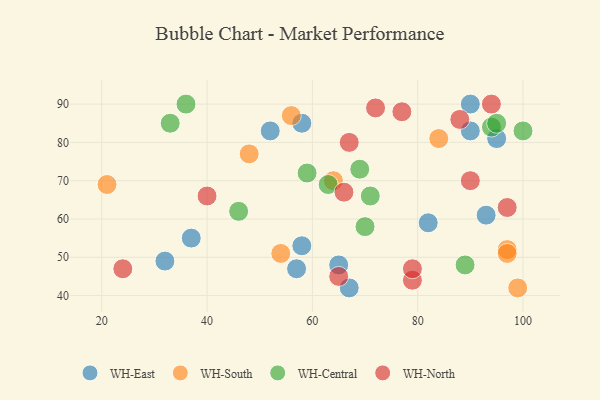
{"axis": {"x": "GDP", "y": "Life Expectancy"}, "legend": ["WH-Central", "WH-East", "WH-North", "WH-South"], "data": [{"x": "58", "y": 53, "type": "WH-East"}, {"x": "65", "y": 48, "type": "WH-East"}, {"x": "52", "y": 83, "type": "WH-East"}, {"x": "90", "y": 83, "type": "WH-East"}, {"x": "93", "y": 61, "type": "WH-East"}, {"x": "57", "y": 47, "type": "WH-East"}, {"x": "32", "y": 49, "type": "WH-East"}, {"x": "58", "y": 85, "type": "WH-East"}, {"x": "82", "y": 59, "type": "WH-East"}, {"x": "37", "y": 55, "type": "WH-East"}, {"x": "95", "y": 81, "type": "WH-East"}, {"x": "90", "y": 90, "type": "WH-East"}, {"x": "67", "y": 42, "type": "WH-East"}, {"x": "64", "y": 70, "type": "WH-South"}, {"x": "97", "y": 52, "type": "WH-South"}, {"x": "48", "y": 77, "type": "WH-South"}, {"x": "99", "y": 42, "type": "WH-South"}, {"x": "56", "y": 87, "type": "WH-South"}, {"x": "54", "y": 51, "type": "WH-South"}, {"x": "97", "y": 51, "type": "WH-South"}, {"x": "84", "y": 81, "type": "WH-South"}, {"x": "21", "y": 69, "type": "WH-South"}, {"x": "70", "y": 58, "type": "WH-Central"}, {"x": "33", "y": 85, "type": "WH-Central"}, {"x": "59", "y": 72, "type": "WH-Central"}, {"x": "100", "y": 83, "type": "WH-Central"}, {"x": "89", "y": 48, "type": "WH-Central"}, {"x": "69", "y": 73, "type": "WH-Central"}, {"x": "71", "y": 66, "type": "WH-Central"}, {"x": "46", "y": 62, "type": "WH-Central"}, {"x": "94", "y": 84, "type": "WH-Central"}, {"x": "36", "y": 90, "type": "WH-Central"}, {"x": "63", "y": 69, "type": "WH-Central"}, {"x": "95", "y": 85, "type": "WH-Central"}, {"x": "90", "y": 70, "type": "WH-North"}, {"x": "66", "y": 67, "type": "WH-North"}, {"x": "40", "y": 66, "type": "WH-North"}, {"x": "67", "y": 80, "type": "WH-North"}, {"x": "94", "y": 90, "type": "WH-North"}, {"x": "24", "y": 47, "type": "WH-North"}, {"x": "72", "y": 89, "type": "WH-North"}, {"x": "97", "y": 63, "type": "WH-North"}, {"x": "79", "y": 44, "type": "WH-North"}, {"x": "65", "y": 45, "type": "WH-North"}, {"x": "88", "y": 86, "type": "WH-North"}, {"x": "79", "y": 47, "type": "WH-North"}, {"x": "77", "y": 88, "type": "WH-North"}]}